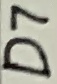
Text: D7